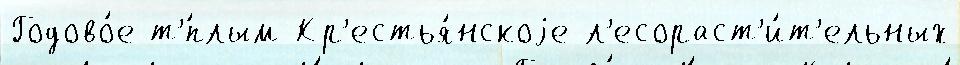
Годово́е т'́плым Кр'естья́нскоjе л'есораст'и́т'ельных